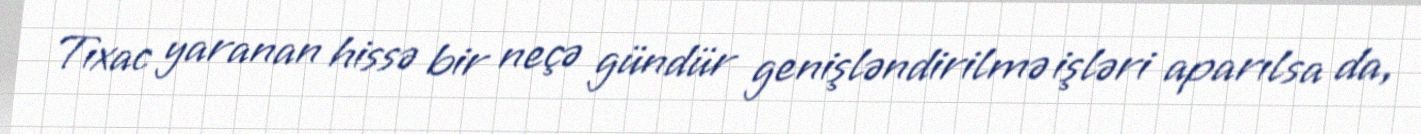
Tıxac yaranan hissə bir neçə gündür genişləndirilmə işləri aparılsa da,